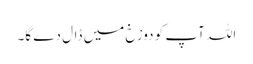
اللہ آپ کو دوزخ میں ڈال دے گا۔